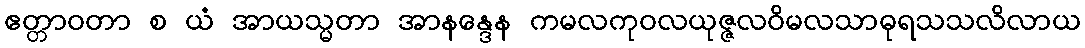
ဧတ္တာဝတာ စ ယံ အာယသ္မတာ အာနန္ဒေန ကမလကုဝလယုဇ္ဇလဝိမလသာဓုရသသလိလာယ